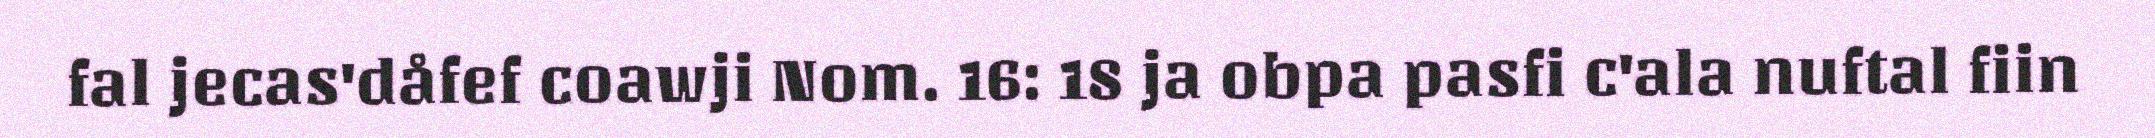
fal jecas'dåfef coawji Nom. 16: 18 ja obpa pasfi c'ala nuftal fiin